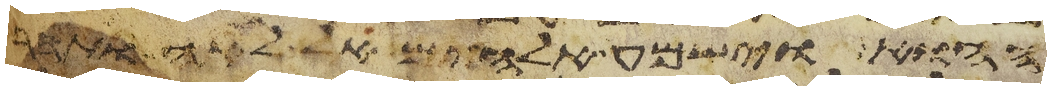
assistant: ההוא וישמע אלהים אל לאה ותהר